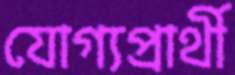
যোগ্যপ্রার্থী